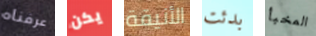
عرفناه يكن الأنيقة بدئت المخبأ